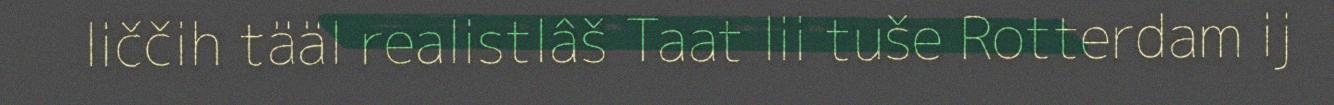
liččih tääl realistlâš Taat lii tuše Rotterdam ij